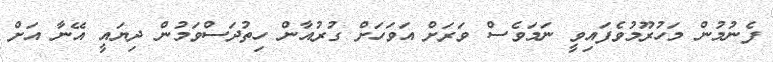
ފެނުމުން މަހުރޫމުވެފައިވީ ނަމަވެސް ވަރަށް އަވަހަށް ގުރުއާން ހިތުދަސްވަމުން ދިޔައީ އޭނާ އަށް